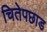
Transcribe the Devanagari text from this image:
चितेपछाड